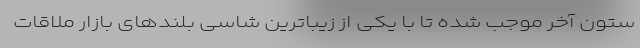
ستون آخر موجب شده تا با یکی از زیباترین شاسی بلندهای بازار ملاقات